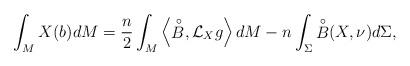
LaTeX: \begin{align*} \int_{M}X(b)dM=\frac{n}{2}\int_{M} \left\langle {\stackrel{\circ}{B}},\mathcal{L}_{X}g\right\rangle dM-n\int_{\Sigma}{\stackrel{\circ}{B}}(X,\nu)d\Sigma, \end{align*}